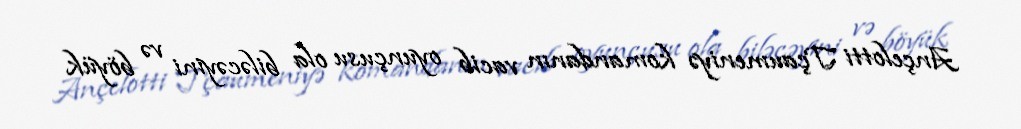
Ançelotti Tçaumeniyə komandanın vacib oyunçusu ola biləcəyini və böyük